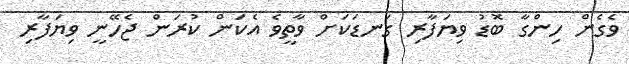
ވެގެން ހިންގާ ބޮޑު ވިޔަފާރި ގަނޑަކަށް ވާތީވެ އެކަން ކުރަން ޖެހޭނީ ވިޔަފާރި